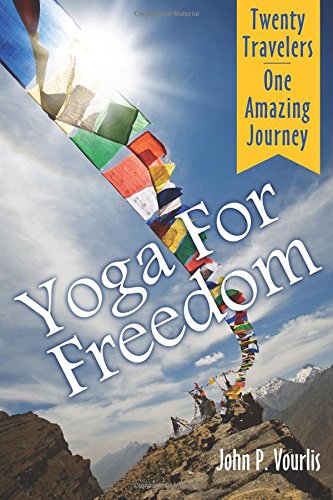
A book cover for Yoga for Freedom; John P. Vourlis; Travel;